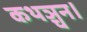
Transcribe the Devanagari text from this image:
कथञ्चन।